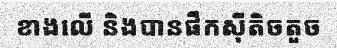
ខាងលើ និងបានផឹកស៊ីតិចតួច